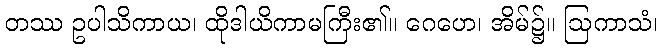
တဿ ဥပါသိကာယ၊ ထိုဒါယိကာမကြီး၏။ ဂေဟေ၊ အိမ်၌။ ဩကာသံ၊